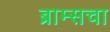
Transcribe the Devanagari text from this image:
ब्राम्सचा